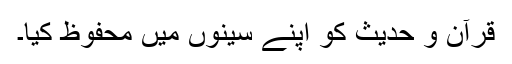
قرآن و حدیث کو اپنے سینوں میں محفوظ کیا۔